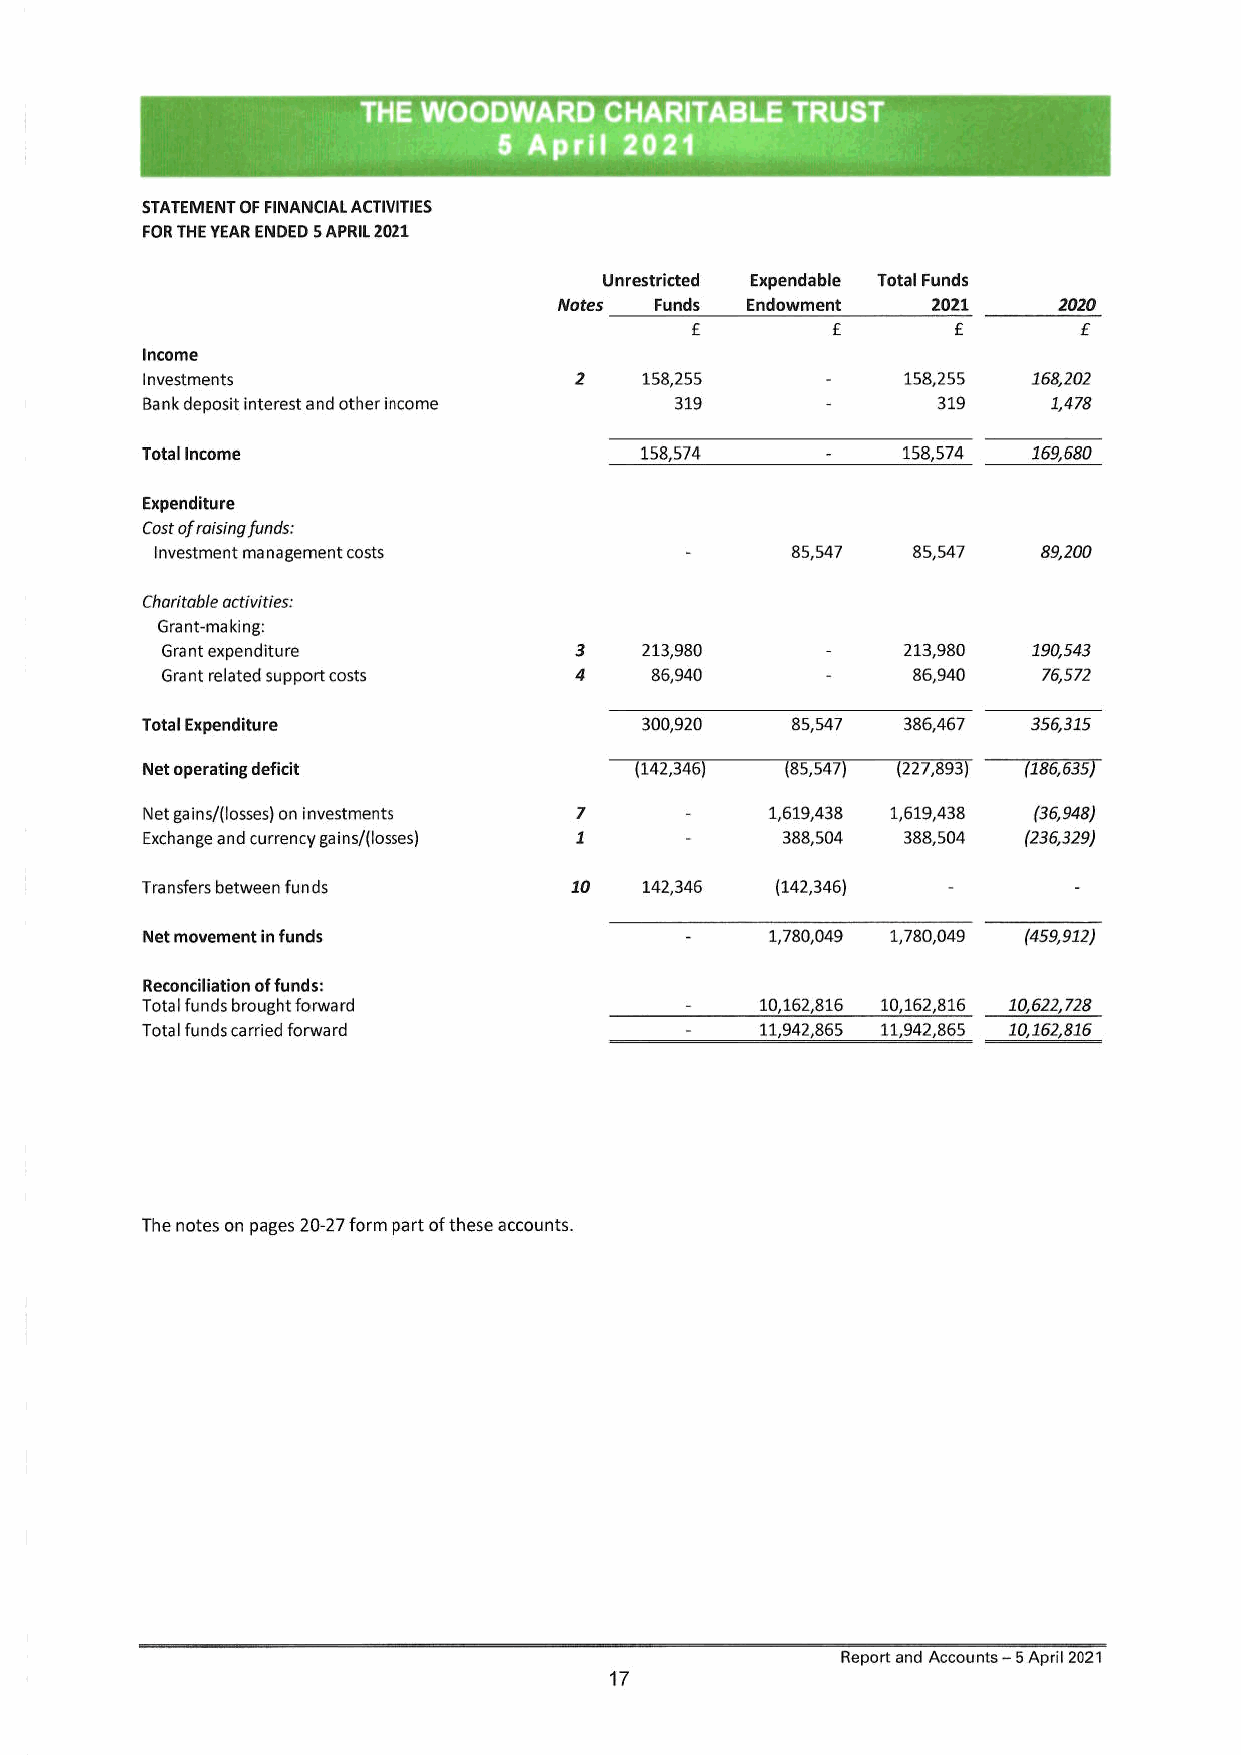
THE WOODWARD    CHARITABLE  TRUST
 5 April 2021
 STATEMENT OF FINANCIAL ACTIVITIES
 FOR THE YEAR ENDED 5 APRIL 2021
 Unrestricted Expendable Total Funds
 Notes Funds Endowment    2021    2020
 £        f       f       £
 Income
 Investments                 2    158,255     -    158,255 168,202
 Bank deposit interest and other income 319   -      319    1,478
 Total Income                     158,574      -    158,574 169,680
 Expenditure
 Cost of raising funds:
 Investment management costs        -      85,547  85,547   89,200
 Charitable activities:
 Grant-making:
 Grant expenditure          3    213,980     -    213,980 190,543
 Grant related support costs 4   86,940      -    86,940   76,572
 Total Expenditure                300,920   85,547  386,467 356,315
 Net operating deficit           (142,346) (85,547) (227,893) (186,635)
 Net gains/(losses) on investments 7 -    1,619,438 1,619,438 (36,948)
 Exchange and currency gains/(losses) 1 -  388,504 388,504 (236,329)
 Transfers between funds      10   142,346 (142,346)   -       -
 Net movement in funds              -     1,780,049 1,780,049 (459,912)
 Reconciliation of funds:
 Total funds brought forward         -    10,162,816 10,162,816 10,622,728
 Total funds carried forward         -    11,942,865 11,942,865 10,162,816
 The notes on pages 20-27 form part of these accounts.
 Report and Accounts — 5 April 2021
 17